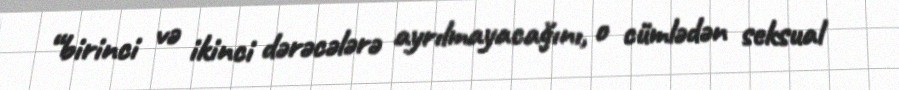
“birinci və ikinci dərəcələrə ayrılmayacağını, o cümlədən seksual